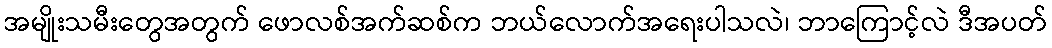
အမျိုးသမီးတွေအတွက် ဖောလစ်အက်ဆစ်က ဘယ်လောက်အရေးပါသလဲ၊ ဘာကြောင့်လဲ ဒီအပတ်